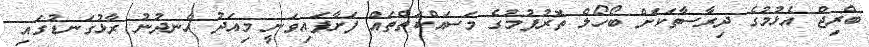
ބްރިޖް އެޅުމުގެ ދިރާސާތަކަށް ބޯހޯލް ތޮރުފުމުގެ މަސައްކަތްތައް ފަށާފައިވަނީ މިއަދު ހެނދުނު ރާޅުގަނޑުގައި